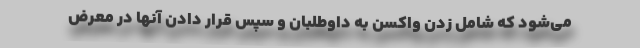
می‌شود که شامل زدن واکسن به داوطلبان و سپس قرار دادن آنها در معرض